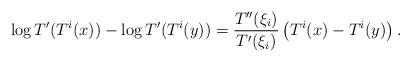
LaTeX: \begin{align*} \log T'( T^i(x) ) - \log T'( T^i(y) ) = \frac{ T''(\xi_i) } {T'(\xi_i) } \left( T^i(x) - T^i(y) \right).\end{align*}